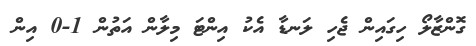
ގޮންޒާލޯ ހިގައިން ޖެހި ލަނޑާ އެކު އިންޓަ މިލާން އަތުން 1-0 އިން